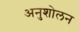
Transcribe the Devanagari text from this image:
अनुशोलन